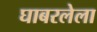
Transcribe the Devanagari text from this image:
घाबरलेला